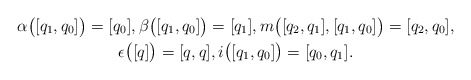
\begin{gather*} \alpha \bigl( [ q _1 , q _0 ] \bigr) = [q _0] , \beta \bigl( [ q _1, q _0 ] \bigr) = [q _1] , m \bigl( [q _2 , q _1 ] , [ q _1 , q _0 ] \bigr) = [ q _2 , q _0 ] ,\\ \epsilon \bigl( [q] \bigr) = [ q, q ] , i \bigl( [ q _1 , q _0] \bigr) = [q _0, q _1]. \end{gather*}